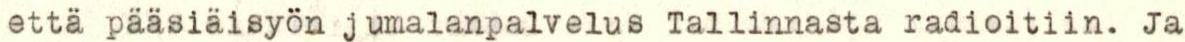
etta pääsiaisyön jumalanpalvelus Tallinnasta radioitiin. Ja